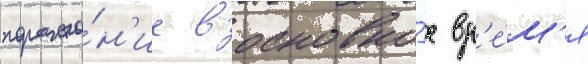
пораже́н'ие в основно́е вр'е́м'я